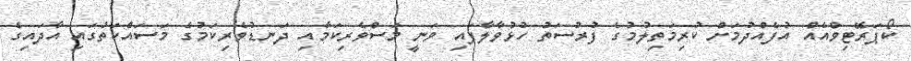
ކޯޕަރޭޓިވްއެއް އުފެއްދުމަށް ކުރިމަތިލުމުގެ ފުރުސަތު ހުޅުވާލާފައި ވަނީ މަސްވެރިކަމާއި ދަނޑުވެރިކަމުގެ މަސައްކަތުގައި އާދައިގެ